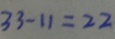
3 3 - 1 1 = 2 2